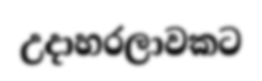
උදාහරලාවකට